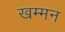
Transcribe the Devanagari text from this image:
खम्मन